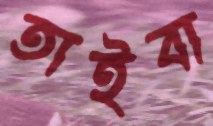
তাইবা